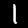
Label: 1